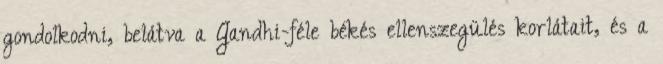
gondolkodni, belátva a Gandhi-féle békés ellenszegülés korlátait, és a